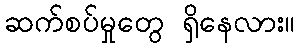
ဆက်စပ်မှုတွေ ရှိနေလား။